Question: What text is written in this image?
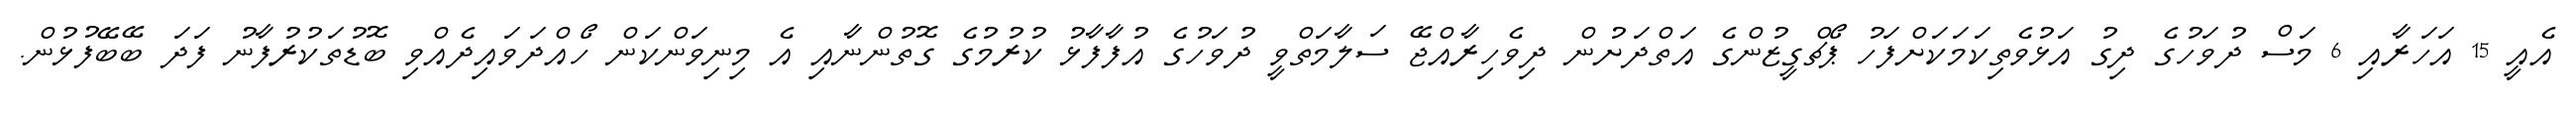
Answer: އެއީ 15 އަހަރާއި 6 މަސް ދުވަހުގެ ދިގު އަޅުވެތިކަމަކަށްފަހު ޕޯޗްގީޒުންގެ އަތްދަށުން ދިވެހިރާއްޖޭ ސަލާމަތްވީ ދުވަހުގެ އުފާފާޅު ކުރުމުގެ ގޮތުންނާއި އެ މިނިވަންކަން ހޯއްދަވައިދެއްވި ބޮޑުތަކުރުފާނު ފަދަ ބޭބޭފުޅުން.